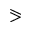
\eqslantgtr